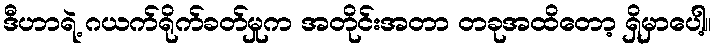
ဒီဟာရဲ့ ဂယက်ရိုက်ခတ်မှုက အတိုင်းအတာ တခုအထိတော့ ရှိမှာပေါ့။